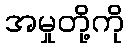
အမှုတို့ကို